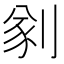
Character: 𠝮